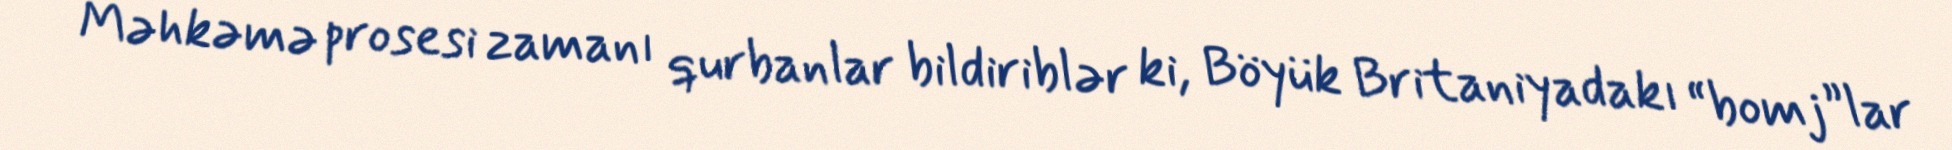
Məhkəmə prosesi zamanı qurbanlar bildiriblər ki, Böyük Britaniyadakı “bomj”lar